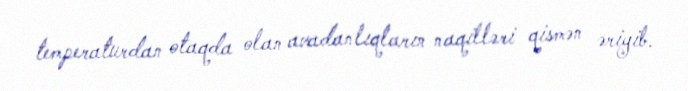
temperaturdan otaqda olan avadanlıqların naqilləri qismən əriyib.